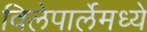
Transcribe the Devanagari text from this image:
विलेपार्लेमध्ये